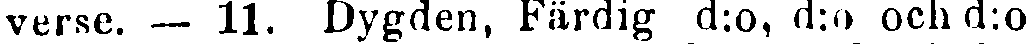
verse. — 11. Dygden, Färdig d:o, d:o och d:o